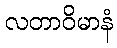
လတာဝိမာနံ